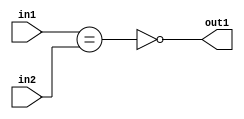
`timescale 1ps / 1ps
/*****************************************************************************
    Verilog RTL Description
    
    
    Created by: Stratus DpOpt 2019.1.01 
*******************************************************************************/

module st_feature_addr_gen_NotEQ_16Ux1U_1U_4 (
	in2,
	in1,
	out1
	); /* architecture "behavioural" */ 
input [15:0] in2;
input  in1;
output  out1;
wire  asc001,
	asc002;

assign asc002 = (in1==in2);

assign asc001 = 
	((~asc002));

assign out1 = asc001;
endmodule

/* CADENCE  ubTySgA= : u9/ySgnWtBlWxVPRXgAZ4Og= ** DO NOT EDIT THIS LINE ******/